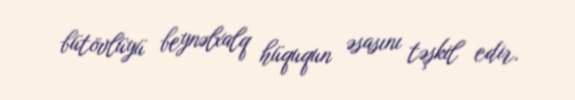
bütövlüyü beynəlxalq hüququn əsasını təşkil edir.